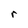
Character: r